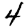
Digit: 4